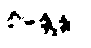
စိန္တေန္တာ